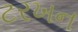
ટરખન